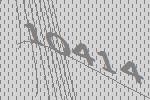
10414